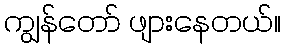
ကျွန်တော် ဖျားနေတယ်။